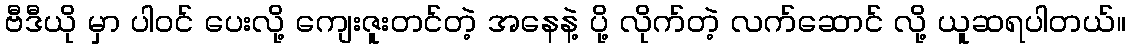
ဗီဒီယို မှာ ပါဝင် ပေးလို့ ကျေးဇူးတင်တဲ့ အနေနဲ့ ပို့ လိုက်တဲ့ လက်ဆောင် လို့ ယူဆရပါတယ်။